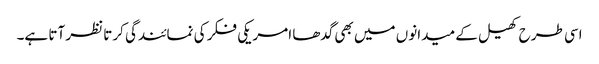
اسی طرح کھیل کے میدانوں میں بھی گدھا امریکی فکر کی نمائندگی کرتا نظر آتا ہے۔